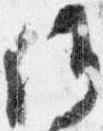
候